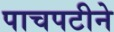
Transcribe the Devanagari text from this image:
पाचपटीने